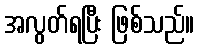
အလွတ်ရပြီး ဖြစ်သည်။